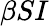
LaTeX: \beta SI